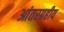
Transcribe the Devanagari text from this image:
आंतरग्रहीय